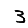
Digit: 3